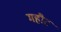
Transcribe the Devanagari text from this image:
महौट